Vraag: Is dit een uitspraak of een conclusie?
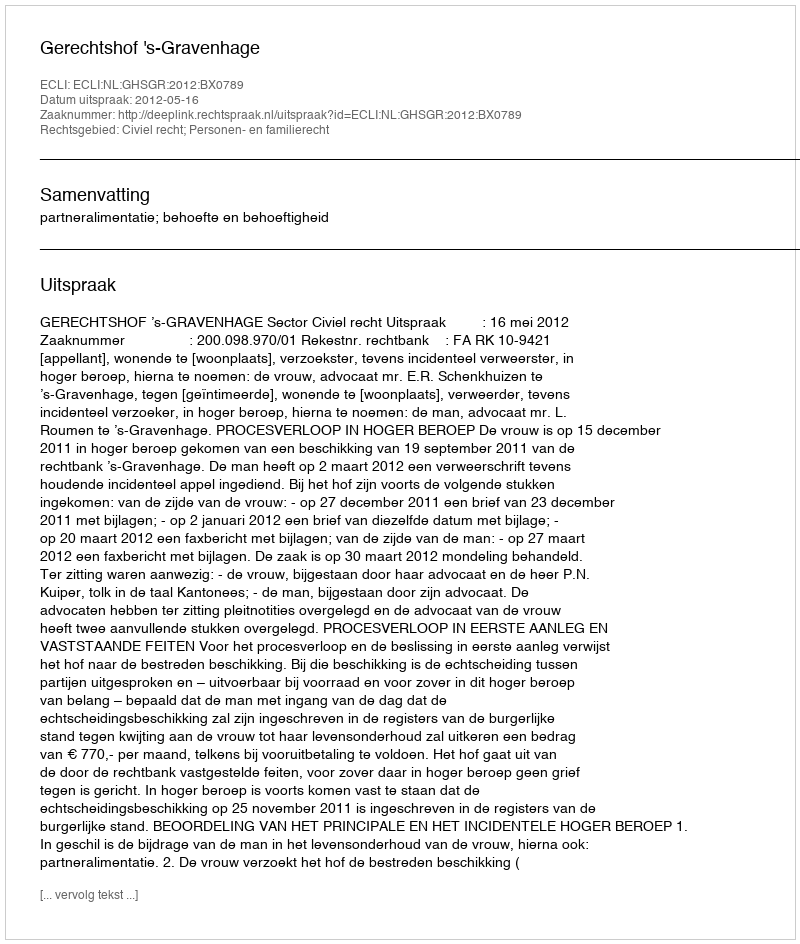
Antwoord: Uitspraak